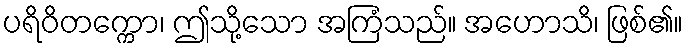
ပရိဝိတက္ကော၊ ဤသို့သော အကြံသည်။ အဟောသိ၊ ဖြစ်၏။